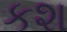
કશ